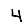
Digit: 4